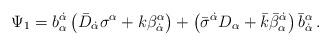
LaTeX: \begin{align*}\Psi_1= b_\alpha^{\dot \alpha} \left( \bar D_{\dot \alpha}\sigma^\alpha + k \beta^{\alpha}_{\dot \alpha} \right) + \left( \bar \sigma^{\dot \alpha} D_\alpha + \bar k \bar \beta^{\dot \alpha}_\alpha \right) \bar b_{\dot \alpha}^\alpha \,. \end{align*}